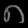
Digit: ၈